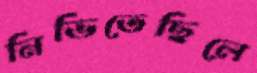
নিভিতেছিলে